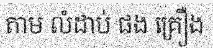
តាម លំដាប់ ផង គ្រឿង